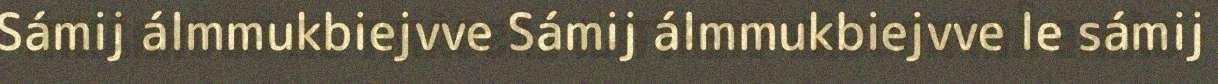
Sámij álmmukbiejvve Sámij álmmukbiejvve le sámij